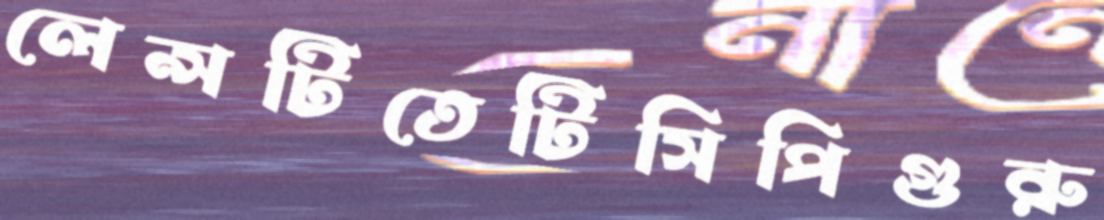
লেন্সটিতেটিসিপিগুরু